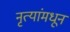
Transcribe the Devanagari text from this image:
नृत्यांमधून